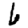
Digit: 6